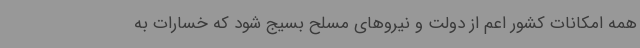
همه امکانات کشور اعم از دولت و نیروهای مسلح بسیج شود که خسارات به